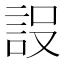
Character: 𮘂